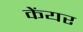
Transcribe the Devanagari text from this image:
केंयर